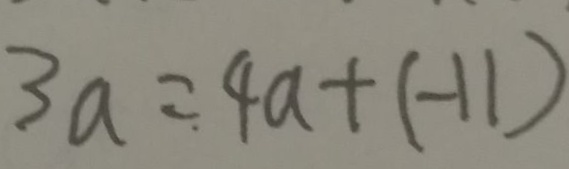
3 a = 4 a + ( - 1 1 )